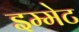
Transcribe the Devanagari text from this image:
इम्मेट